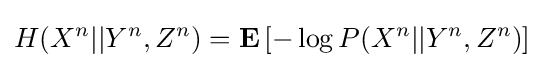
H(X^{n}||Y^{n},Z^{n})=\mathbf {E} \left[-\log {P(X^{n}||Y^{n},Z^{n})}\right]